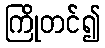
ကြိုတင်၍